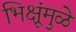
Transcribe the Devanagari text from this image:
भिक्षूंमुळे